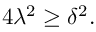
4 \lambda ^ { 2 } \geq \delta ^ { 2 } .